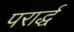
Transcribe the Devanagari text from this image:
परार्द्ध